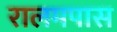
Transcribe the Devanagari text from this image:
रालमपास